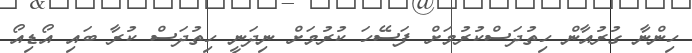
ހިންނާ ގުރުއާން ހިތުދަސްކުރުމަށް ފަސޭހަ ކުރުމަށް ނިދަނީ ހިތުދަސް ކުރާ ބައި އޯޑިއޯ